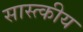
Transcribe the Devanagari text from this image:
सास्त्कीय